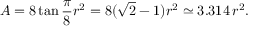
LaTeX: A = 8 \tan { \frac { \pi } { 8 } } r ^ { 2 } = 8 ( { \sqrt { 2 } } - 1 ) r ^ { 2 } \simeq 3 . 3 1 4 \, r ^ { 2 } .